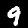
Label: 9